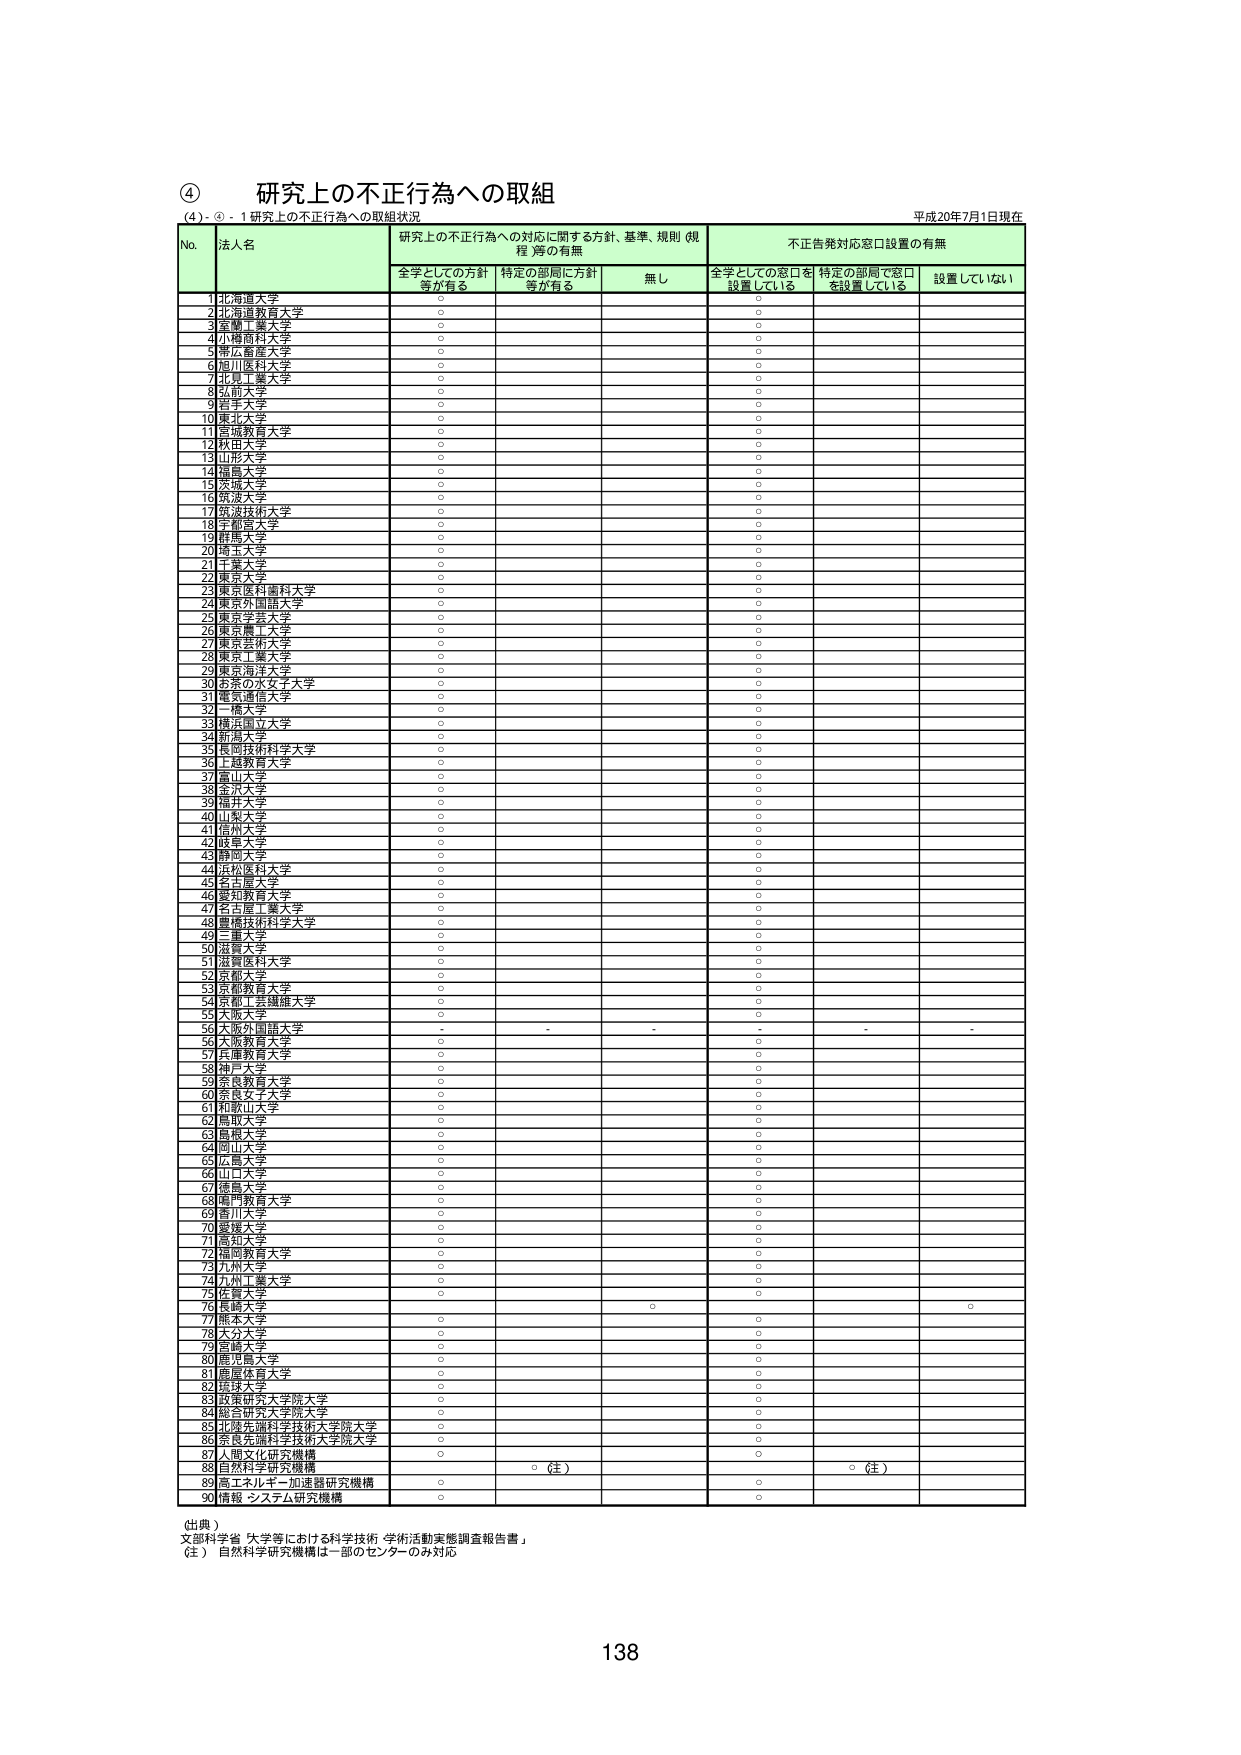
④ 研究上の不正行為への取組
（4）- ① - 1 研究上の不正行為への取組状況
平成20年7月1日現在

No. 法人名 研究上の不正行為への対応に関する方針、基準、規則（規程）等の有無 不正告発対応窓口設置の有無
　　全学としての方針等が有る 特定の部局に方針等が有る 無し 全学としての窓口を設置している 特定の部局で窓口を設置している 設置していない

1 北海道大学 ○ ○
2 北海道教育大学 ○ ○
3 室蘭工業大学 ○ ○
4 小樽商科大学 ○ ○
5 帯広畜産大学 ○ ○
6 旭川医科大学 ○ ○
7 北見工業大学 ○ ○
8 弘前大学 ○ ○
9 青森大学 ○ ○
10 東北大学 ○ ○
11 宮城教育大学 ○ ○
12 秋田大学 ○ ○
13 山形大学 ○ ○
14 福島大学 ○ ○
15 茨城大学 ○ ○
16 筑波大学 ○ ○
17 筑波技術大学 ○ ○
18 宇都宮大学 ○ ○
19 群馬大学 ○ ○
20 埼玉大学 ○ ○
21 千葉大学 ○ ○
22 東京大学 ○ ○
23 東京医科歯科大学 ○ ○
24 東京外国語大学 ○ ○
25 東京学芸大学 ○ ○
26 東京農工大学 ○ ○
27 東京芸術大学 ○ ○
28 東京工業大学 ○ ○
29 東京海洋大学 ○ ○
30 お茶の水女子大学 ○ ○
31 東京通信大学 ○ ○
32 一橋大学 ○ ○
33 横浜国立大学 ○ ○
34 新潟大学 ○ ○
35 長岡技術科学大学 ○ ○
36 ト越教育大学 ○ ○
37 富山大学 ○ ○
38 金沢大学 ○ ○
39 福井大学 ○ ○
40 山梨大学 ○ ○
41 信州大学 ○ ○
42 岐阜大学 ○ ○
43 静岡大学 ○ ○
44 浜松医科大学 ○ ○
45 名古屋大学 ○ ○
46 愛知教育大学 ○ ○
47 名古屋工業大学 ○ ○
48 愛知技術科学大学 ○ ○
49 三重大学 ○ ○
50 滋賀大学 ○ ○
51 滋賀医科大学 ○ ○
52 京都大学 ○ ○
53 京都教育大学 ○ ○
54 京都工芸繊維大学 ○ ○
55 大阪大学 ○ ○
56 大阪外国語大学 - - - - - -
57 大阪教育大学 ○ ○
58 神戸大学 ○ ○
59 宮城教育大学 ○ ○
60 奈良女子大学 ○ ○
61 和歌山大学 ○ ○
62 鳥取大学 ○ ○
63 島根大学 ○ ○
64 岡山大学 ○ ○
65 広島大学 ○ ○
66 山口大学 ○ ○
67 徳島大学 ○ ○
68 鳴門教育大学 ○ ○
69 香川大学 ○ ○
70 愛媛大学 ○ ○
71 高知大学 ○ ○
72 福岡教育大学 ○ ○
73 九州大学 ○ ○
74 九州工業大学 ○ ○
75 佐賀大学 ○ ○
76 長崎大学 ○ ○
77 熊本大学 ○ ○
78 大分大学 ○ ○
79 宮崎大学 ○ ○
80 鹿児島大学 ○ ○
81 鹿屋体育大学 ○ ○
82 沖縄大学 ○ ○
83 政策研究大学院大学 ○ ○
84 総合研究大学院大学 ○ ○
85 北陸先端科学技術大学院大学 ○ ○
86 奈良先端科学技術大学院大学 ○ ○
87 人間文化研究機構 ○ ○（注） ○（注）
88 自然科学研究機構 ○
89 エネルギー・基礎研究機構 ○ ○
90 情報・システム研究機構 ○ ○

（出典）
文部科学省「大学等における科学技術・学術活動実態調査報告書」
（注） 自然科学研究機構は一部のセンターのみ対応

138